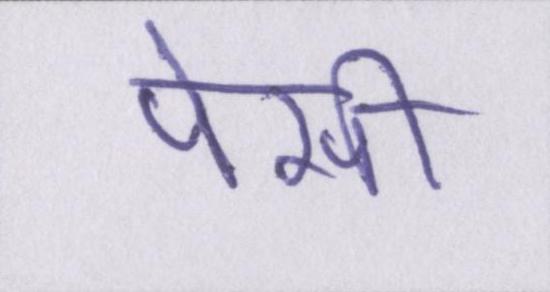
पेसी